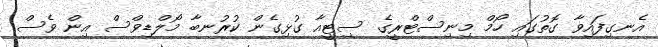
އެނގިފައިވާ ގޮތުގައި ހޯމް މިނިސްޓްރީގެ ސިޓީއާ ގުޅިގެން ކުރުނބާ މޯލްޑިވްސް އިން ވެސް